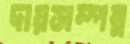
দায়সম্পন্ন